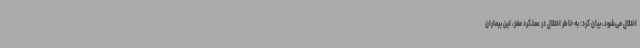
اختلال می‌شود، بیان کرد: به خاطر اختلال در عملکرد مغز، این بیماران